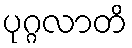
ပုဂ္ဂလာတိ